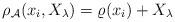
LaTeX: \begin{align*} \rho_\mathcal{A}(x_i,X_\lambda)=\varrho(x_i)+X_\lambda \end{align*}